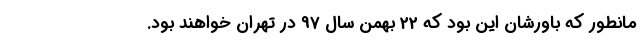
مانطور که باورشان این بود که 22 بهمن سال 97 در تهران خواهند بود.